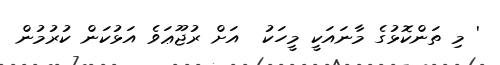
' މި ތަންކޮޅުގެ މާނައަކީ މީހަކު  އަށް ރުޖޫޢަވެ އަޅުކަން ކުރުމުން